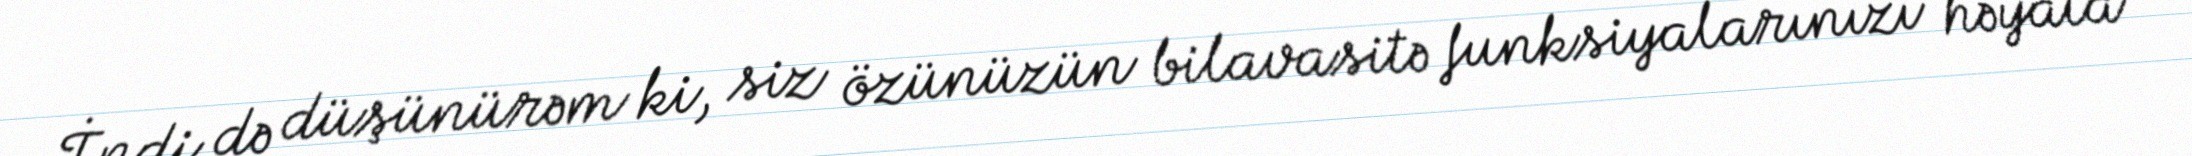
İndi də düşünürəm ki, siz özünüzün bilavasitə funksiyalarınızı həyata